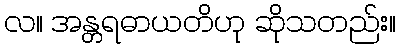
လ။ အန္တရဓာယတိဟု ဆိုသတည်း။